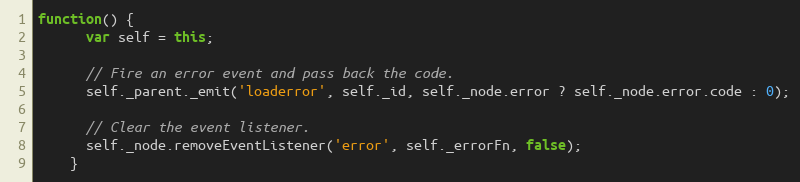
Language: JavaScript
function() {
      var self = this;

      // Fire an error event and pass back the code.
      self._parent._emit('loaderror', self._id, self._node.error ? self._node.error.code : 0);

      // Clear the event listener.
      self._node.removeEventListener('error', self._errorFn, false);
    }